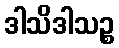
ဒါသိဒါသဉ္စ